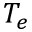
T _ { e }